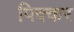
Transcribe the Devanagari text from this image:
पिक्कर